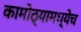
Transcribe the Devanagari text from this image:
कामोठ्यामध्येच